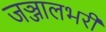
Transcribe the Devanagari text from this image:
जञ्जालभरी